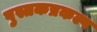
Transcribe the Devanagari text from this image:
पुस्तकप्रकल्प